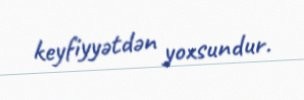
keyfiyyətdən yoxsundur.